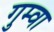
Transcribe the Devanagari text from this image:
गुम्वा